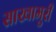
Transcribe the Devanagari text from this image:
साखामुरी